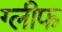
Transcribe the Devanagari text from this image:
ग्लीफ